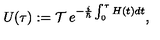
U ( \tau ) : = { \cal T } \: e ^ { - \frac { i } { \hbar } \int _ { 0 } ^ { \tau } H ( t ) d t } ,